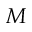
M